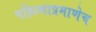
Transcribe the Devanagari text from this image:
पहिल्याप्रमाणेच